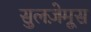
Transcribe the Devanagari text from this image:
सुलज़ेमूस